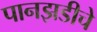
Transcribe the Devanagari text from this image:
पानझडीचे